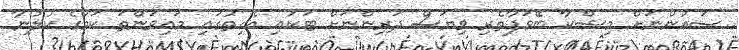
ސައުންނަށް މިޝްކާ ބޭވަފާތެރި ވިޔަސް ދަރިންނަށް ޓަކައި އެހިތުގައި މައިވަންތަ ކަމުގެ ކުލުނާ